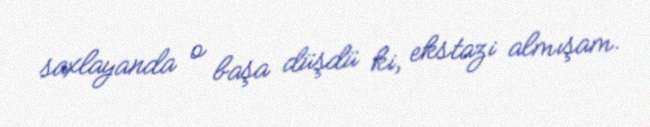
saxlayanda o başa düşdü ki, ekstazi almışam.